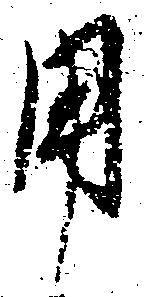
用